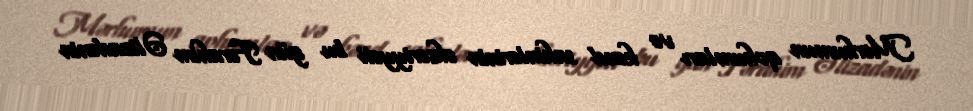
Mərhumun qohumları və kənd sakinlərinin əksəriyyəti bu gün Fərahim Əlizadənin